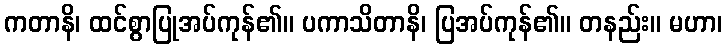
ကတာနိ၊ ထင်စွာပြုအပ်ကုန်၏။ ပကာသိတာနိ၊ ပြအပ်ကုန်၏။ တနည်း။ မဟာ၊